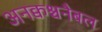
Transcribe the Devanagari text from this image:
अनक्वश्चनैबल